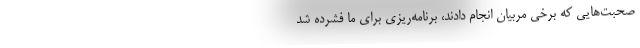
صحبت‌هایی که برخی مربیان انجام دادند، برنامه‌ریزی برای ما فشرده شد